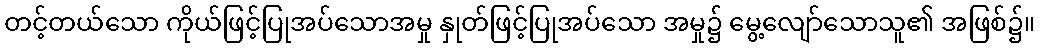
တင့်တယ်သော ကိုယ်ဖြင့်ပြုအပ်သောအမှု နှုတ်ဖြင့်ပြုအပ်သော အမှု၌ မွေ့လျော်သောသူ၏ အဖြစ်၌။